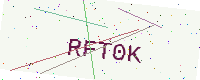
Text: RFT0K